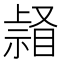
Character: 𥉆